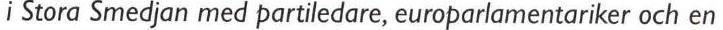
i Stora Smedjan med partiledare, europarlamentariker och en